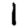
Digit: 1